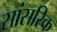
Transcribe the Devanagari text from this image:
सांसरिक